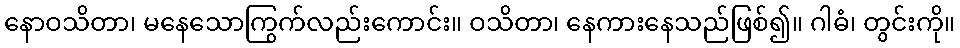
နောဝသိတာ၊ မနေသောကြွက်လည်းကောင်း။ ဝသိတာ၊ နေကားနေသည်ဖြစ်၍။ ဂါဓံ၊ တွင်းကို။